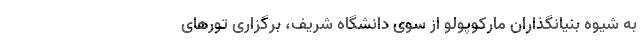
به شیوه بنیانگذاران مارکوپولو از سوی دانشگاه شریف، برگزاری تورهای